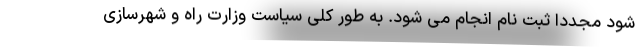
شود مجددا ثبت نام انجام می شود. به طور کلی سیاست وزارت راه و شهرسازی